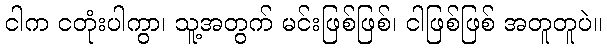
ငါက ငတုံးပါကွာ၊ သူ့အတွက် မင်းဖြစ်ဖြစ်၊ ငါဖြစ်ဖြစ် အတူတူပဲ။